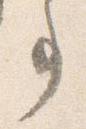
事